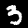
Label: 3